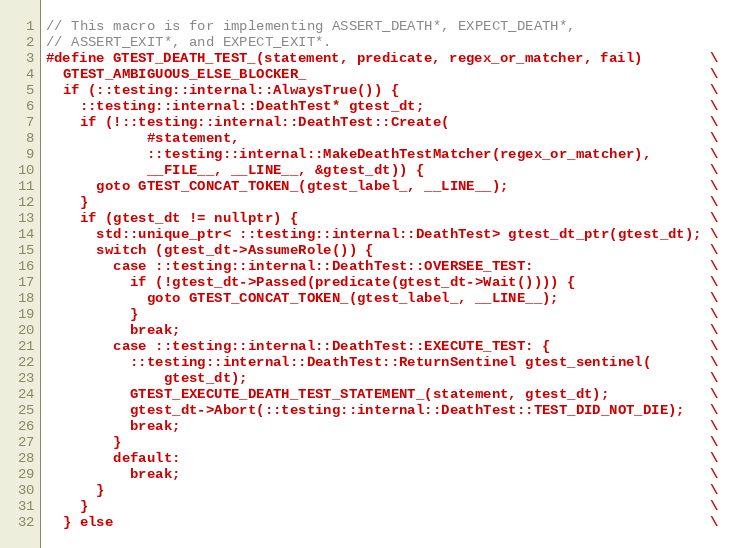
Language: C
// This macro is for implementing ASSERT_DEATH*, EXPECT_DEATH*,
// ASSERT_EXIT*, and EXPECT_EXIT*.
#define GTEST_DEATH_TEST_(statement, predicate, regex_or_matcher, fail)        \
  GTEST_AMBIGUOUS_ELSE_BLOCKER_                                                \
  if (::testing::internal::AlwaysTrue()) {                                     \
    ::testing::internal::DeathTest* gtest_dt;                                  \
    if (!::testing::internal::DeathTest::Create(                               \
            #statement,                                                        \
            ::testing::internal::MakeDeathTestMatcher(regex_or_matcher),       \
            __FILE__, __LINE__, &gtest_dt)) {                                  \
      goto GTEST_CONCAT_TOKEN_(gtest_label_, __LINE__);                        \
    }                                                                          \
    if (gtest_dt != nullptr) {                                                 \
      std::unique_ptr< ::testing::internal::DeathTest> gtest_dt_ptr(gtest_dt); \
      switch (gtest_dt->AssumeRole()) {                                        \
        case ::testing::internal::DeathTest::OVERSEE_TEST:                     \
          if (!gtest_dt->Passed(predicate(gtest_dt->Wait()))) {                \
            goto GTEST_CONCAT_TOKEN_(gtest_label_, __LINE__);                  \
          }                                                                    \
          break;                                                               \
        case ::testing::internal::DeathTest::EXECUTE_TEST: {                   \
          ::testing::internal::DeathTest::ReturnSentinel gtest_sentinel(       \
              gtest_dt);                                                       \
          GTEST_EXECUTE_DEATH_TEST_STATEMENT_(statement, gtest_dt);            \
          gtest_dt->Abort(::testing::internal::DeathTest::TEST_DID_NOT_DIE);   \
          break;                                                               \
        }                                                                      \
        default:                                                               \
          break;                                                               \
      }                                                                        \
    }                                                                          \
  } else                                                                       \